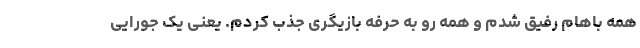
همه باهام رفیق شدم و همه رو به حرفه بازیگری جذب کردم. یعنی یک جورایی